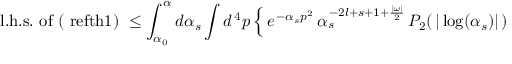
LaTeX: \mathrm { l . h . s . \ o f \ ( \ r e f { t h 1 } ) } \ \leq \int _ { \alpha _ { 0 } } ^ { \alpha } d \alpha _ { s } \int d ^ { \, 4 } p \, \Bigl \{ \, e ^ { \, - \alpha _ { s } p ^ { 2 } } \, \alpha _ { s } ^ { \, - 2 l + s + 1 + \frac { \vert \omega \vert } { 2 } } \, P _ { 2 } ( \, \vert \log ( \alpha _ { s } ) \vert \, )